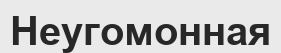
Неугомонная